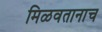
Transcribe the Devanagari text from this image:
मिळवतानाच